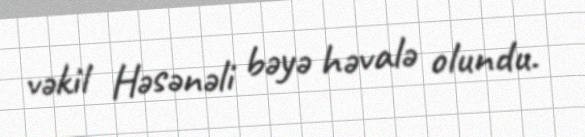
vəkil Həsənəli bəyə həvalə olundu.